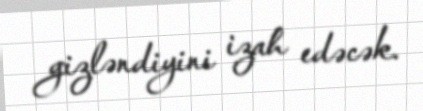
gizləndiyini izah edəcək.